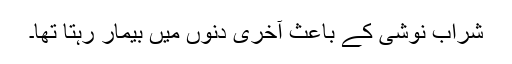
شراب نوشی کے باعث آخری دنوں میں بیمار رہتا تھا۔